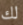
لك